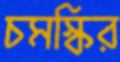
চমস্কির